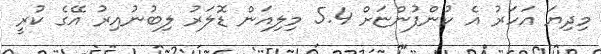
މިދިޔަ އަހަރު އެ ކުންފުންޏަށް 5.4 މިލިއަން ޑޮލަރު ލިބުނުއިރު އޭގެ ކުރީ